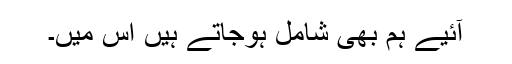
آئیے ہم بھی شامل ہوجاتے ہیں اس میں۔